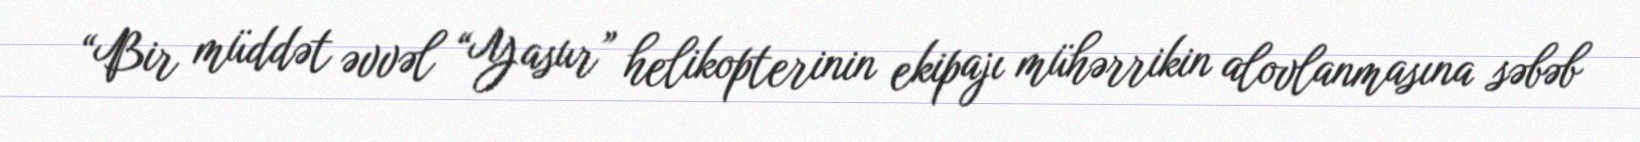
“Bir müddət əvvəl “Yasur” helikopterinin ekipajı mühərrikin alovlanmasına səbəb